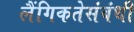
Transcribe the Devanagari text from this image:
लैंगिकतेसंबंधी